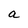
Character: a